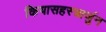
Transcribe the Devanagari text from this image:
कियासहस्त्रार्जुन